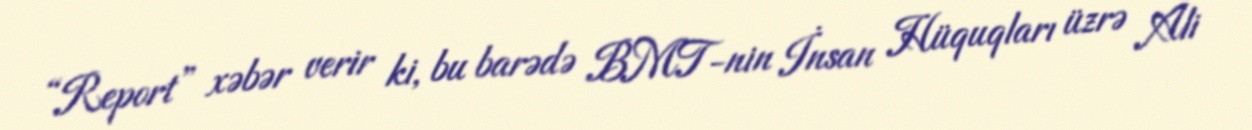
“Report” xəbər verir ki, bu barədə BMT-nin İnsan Hüquqları üzrə Ali